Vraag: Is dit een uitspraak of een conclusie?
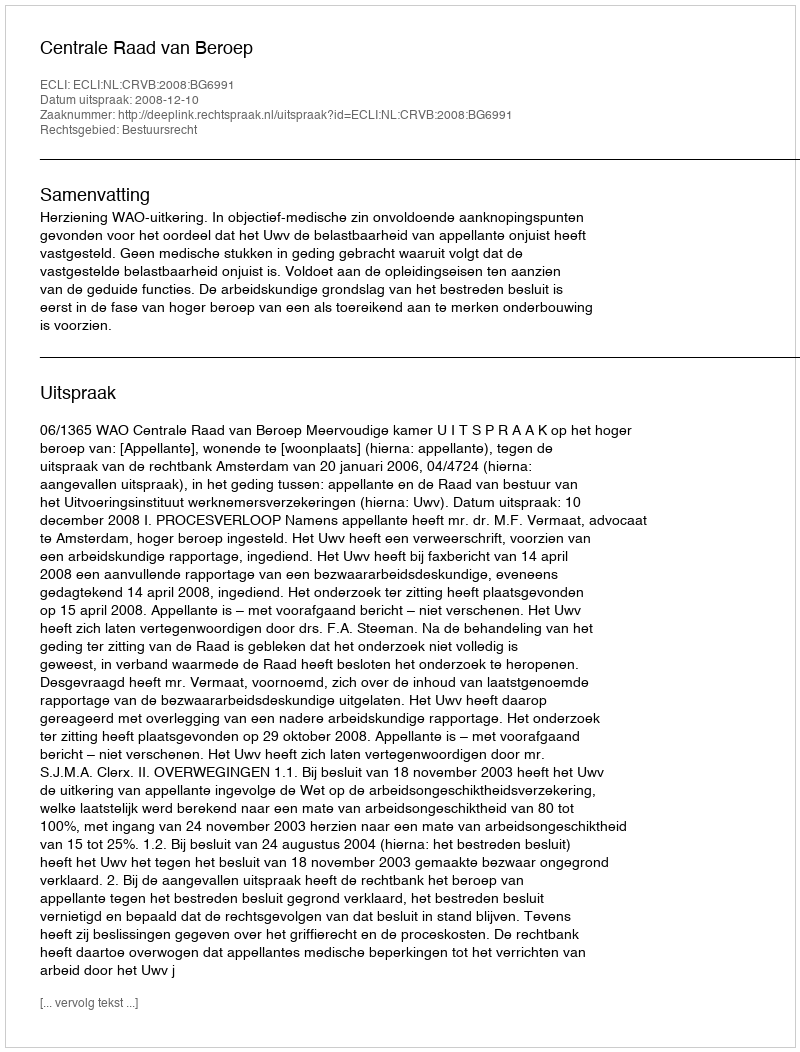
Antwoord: Uitspraak